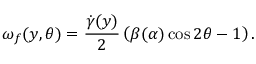
{ \omega } _ { f } ( y , \theta ) = \frac { \dot { \gamma } ( y ) } { 2 } \left( \beta ( \alpha ) \cos 2 \theta - 1 \right) .